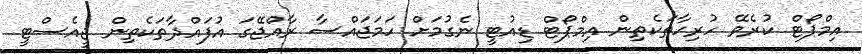
އިމްޕޯޓް ކުރެވޭ ހުރިހާތަކެތިން އިމްޕޯޓް ޑިއުޓީ ނެގުމަށް ހަމަޖައްސާ ރާއްޖޭގަ އުފައްދާތަކެތިން ޖީއެސްޓީ